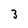
Character: 3